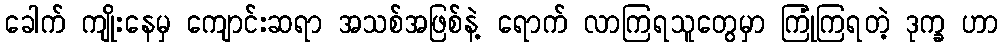
ခေါက် ကျိုးနေမှ ကျောင်းဆရာ အသစ်အဖြစ်နဲ့ ရောက် လာကြရသူတွေမှာ ကြုံကြရတဲ့ ဒုက္ခ ဟာ